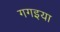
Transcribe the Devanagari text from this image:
गगइया